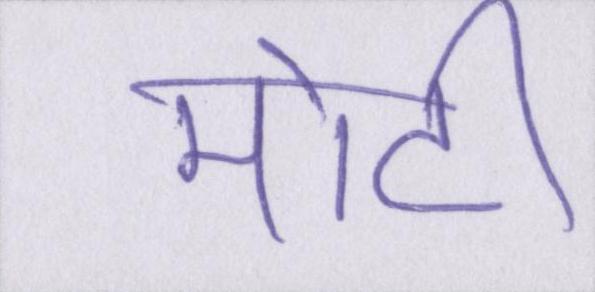
मोटी